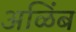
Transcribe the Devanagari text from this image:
अळिंब